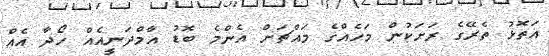
އަތޮޅު ތެރޭގެ ރަަށަކުން މަހެއްގެ މައްޗަށް އެންމެ ބޮޑު އާމްދަނީއެއް ހޯދާ އެއް